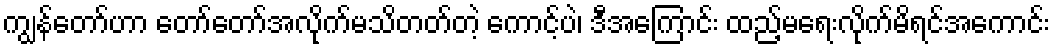
ကျွန်တော်ဟာ တော်တော်အလိုက်မသိတတ်တဲ့ ကောင့်ပဲ၊ ဒီအကြောင်း ထည့်မရေးလိုက်မိရင်အကောင်း